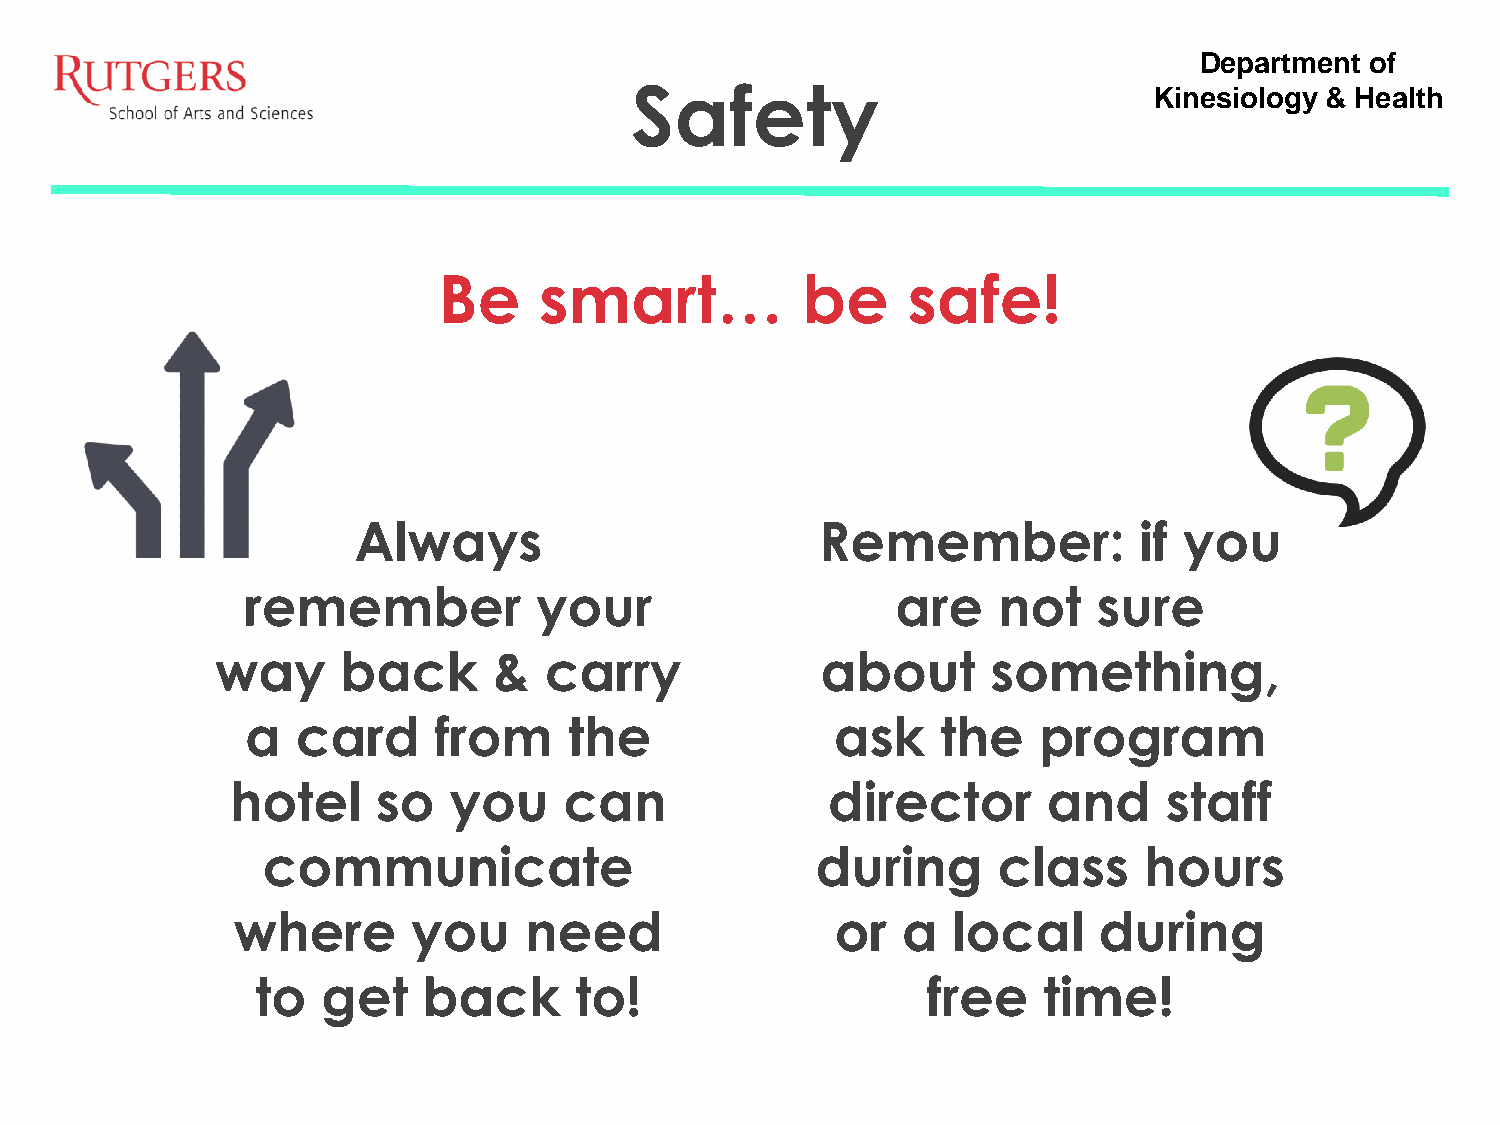
Department  of
 Safety                            Kinesiology & Health
 Be     smart…           be     safe!
 Always                         Remember:            if you
 remember           your                    are    not    sure
 way      back      &  carry             about       something,
 a   card     from     the              ask    the    program
 hotel     so   you    can               director      and     staff
 communicate                          during      class     hours
 where       you     need                or   a  local     during
 to  get    back      to!                    free    time!